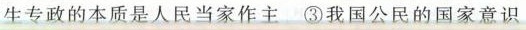
生专政的本质是人民当家作主 ③我国公民的国家意识